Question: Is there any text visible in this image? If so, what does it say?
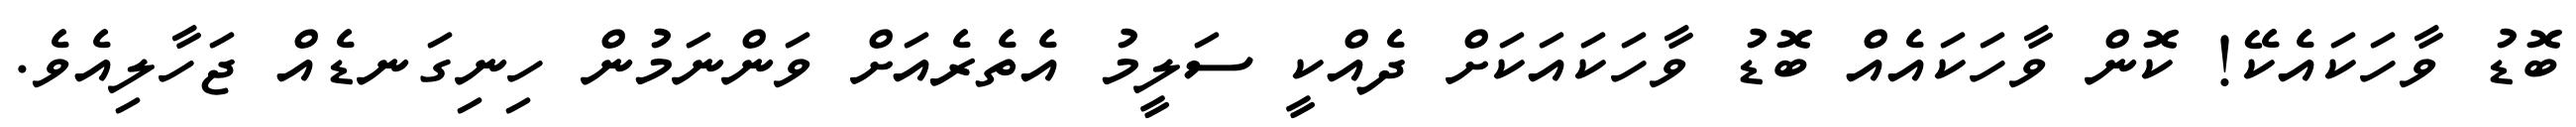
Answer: ބޮޑު ވާހަކައެކޭ! ކޮން ވާހަކައެއް ބޮޑު ވާހަކައަކަށް ދެއްކީ ސަލީމު އެތެރެއަށް ވަންނަމުން ހިނިގަނޑެއް ޖަހާލިއެވެ.